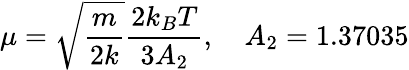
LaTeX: \mu=\sqrt{\frac{m}{2k}}\frac{2k_{B}T}{3A_{2}},\quad A_{2}=1.37035